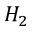
H _ { 2 }